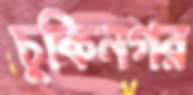
চুকিনগর